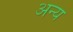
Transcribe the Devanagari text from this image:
अन्य